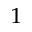
_ 1